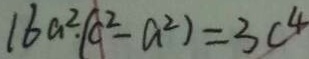
1 6 a ^ { 2 } \cdot ( c ^ { 2 } - a ^ { 2 } ) = 3 c ^ { 4 }